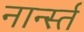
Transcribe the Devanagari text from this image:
नार्न्स्त